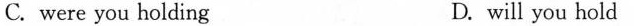
C. were you holding D. will you hold